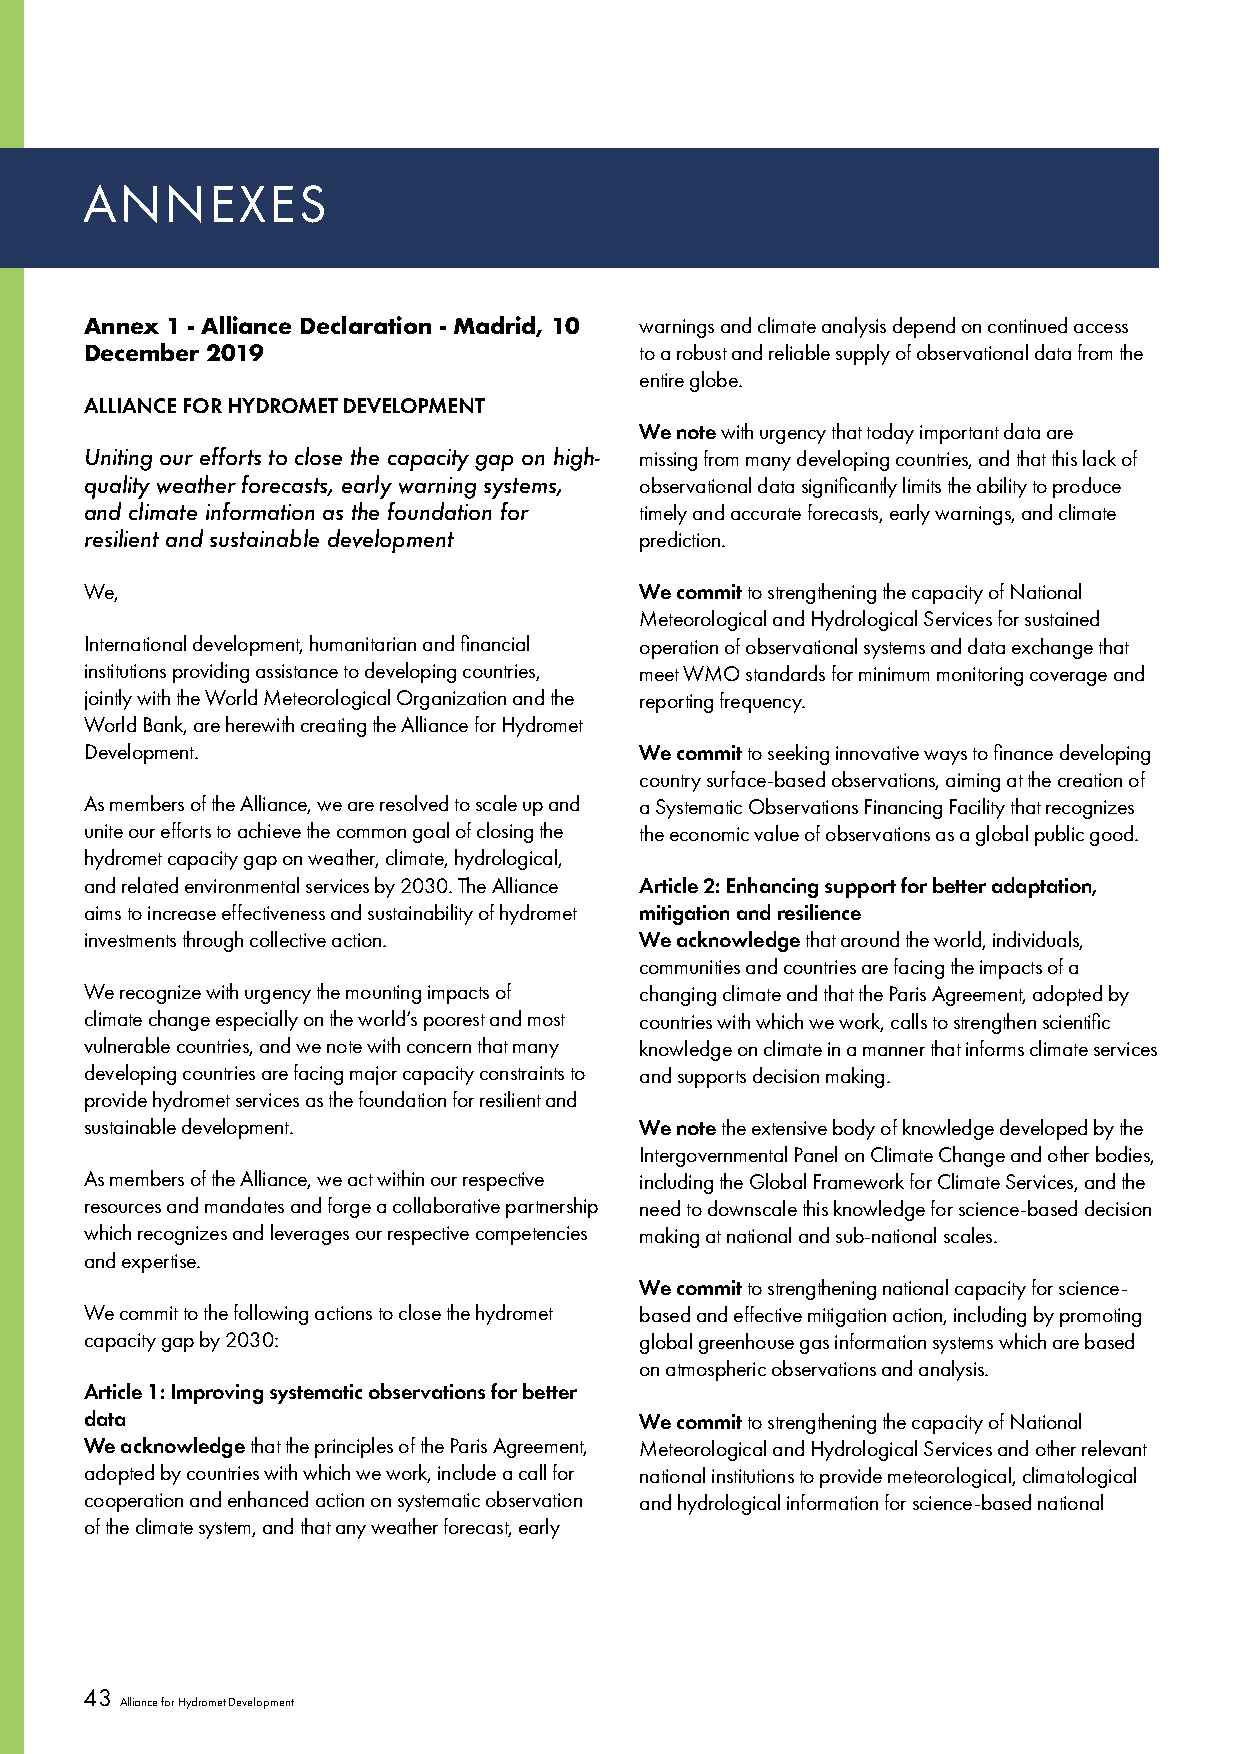
ANNEXES
 Annex 1 - Alliance Declaration - Madrid, 10 warnings and climate analysis depend on continued access
 December 2019                       to a robust and reliable supply of observational data from the
 entire globe.
 ALLIANCE FOR HYDROMET DEVELOPMENT
 We note with urgency that today important data are
 Uniting our efforts to close the capacity gap on high- missing from many developing countries, and that this lack of
 quality weather forecasts, early warning systems, observational data significantly limits the ability to produce
 and climate information as the foundation for timely and accurate forecasts, early warnings, and climate
 resilient and sustainable development prediction.
 We,                                 We commit to strengthening the capacity of National
 Meteorological and Hydrological Services for sustained
 International development, humanitarian and financial operation of observational systems and data exchange that
 institutions providing assistance to developing countries, meet WMO standards for minimum monitoring coverage and
 jointly with the World Meteorological Organization and the reporting frequency.
 World Bank, are herewith creating the Alliance for Hydromet
 Development.                        We commit to seeking innovative ways to finance developing
 country surface-based observations, aiming at the creation of
 As members of the Alliance, we are resolved to scale up and a Systematic Observations Financing Facility that recognizes
 unite our efforts to achieve the common goal of closing the the economic value of observations as a global public good.
 hydromet capacity gap on weather, climate, hydrological,
 and related environmental services by 2030. The Alliance Article 2: Enhancing support for better adaptation,
 aims to increase effectiveness and sustainability of hydromet mitigation and resilience
 investments through collective action. We acknowledge that around the world, individuals,
 communities and countries are facing the impacts of a
 We recognize with urgency the mounting impacts of changing climate and that the Paris Agreement, adopted by
 climate change especially on the world’s poorest and most countries with which we work, calls to strengthen scientific
 vulnerable countries, and we note with concern that many knowledge on climate in a manner that informs climate services
 developing countries are facing major capacity constraints to and supports decision making.
 provide hydromet services as the foundation for resilient and
 sustainable development.            We note the extensive body of knowledge developed by the
 Intergovernmental Panel on Climate Change and other bodies,
 As members of the Alliance, we act within our respective including the Global Framework for Climate Services, and the
 resources and mandates and forge a collaborative partnership need to downscale this knowledge for science-based decision
 which recognizes and leverages our respective competencies making at national and sub-national scales.
 and expertise.
 We commit to strengthening national capacity for science-
 We commit to the following actions to close the hydromet based and effective mitigation action, including by promoting
 capacity gap by 2030:               global greenhouse gas information systems which are based
 on atmospheric observations and analysis.
 Article 1: Improving systematic observations for better
 data                                We commit to strengthening the capacity of National
 We acknowledge that the principles of the Paris Agreement, Meteorological and Hydrological Services and other relevant
 adopted by countries with which we work, include a call for national institutions to provide meteorological, climatological
 cooperation and enhanced action on systematic observation and hydrological information for science-based national
 of the climate system, and that any weather forecast, early
 43
 Alliance for Hydromet Development